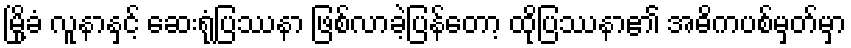
မြို့ခံ လူနာနှင့် ဆေးရုံပြဿနာ ဖြစ်လာခဲ့ပြန်တော့ ထိုပြဿနာ၏ အဓိကပစ်မှတ်မှာ